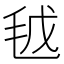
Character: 𣬽